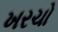
ખરચો